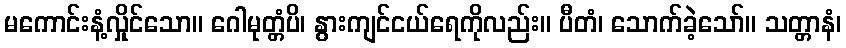
မကောင်းနံ့လှိုင်သော။ ဂေါမုတ္တံပိ၊ နွားကျင်ငယ်ရေကိုလည်း။ ပီတံ၊ သောက်ခဲ့သော်။ သတ္တာနံ၊